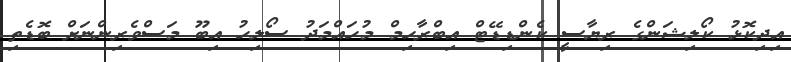
އިދިކޮޅު ކޯލިޝަންގެ ރިޔާސީ ކެންޑިޑޭޓް އިބްރާހިމް މުހައްމަދު ސޯލިހު އިބޫ މަސްވެރިންނަށް ބޮޑެތި